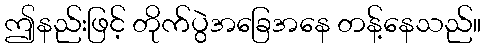
ဤနည်းဖြင့် တိုက်ပွဲအခြေအနေ တန့်နေသည်။